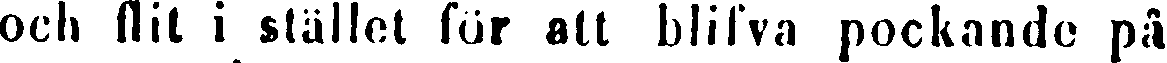
och flit i stället för att blifva pockande på